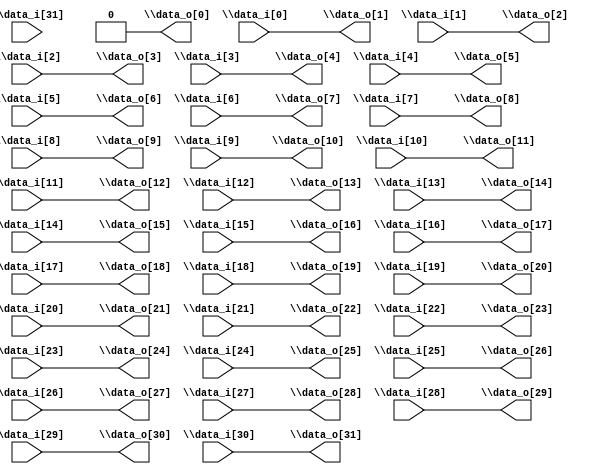
/* Generated by Yosys 0.9 (git sha1 1979e0b) */

(* src = "Shift2.v:23" *)
module Shift2(\data_i[0] , \data_i[1] , \data_i[2] , \data_i[3] , \data_i[4] , \data_i[5] , \data_i[6] , \data_i[7] , \data_i[8] , \data_i[9] , \data_i[10] , \data_i[11] , \data_i[12] , \data_i[13] , \data_i[14] , \data_i[15] , \data_i[16] , \data_i[17] , \data_i[18] , \data_i[19] , \data_i[20] , \data_i[21] , \data_i[22] , \data_i[23] , \data_i[24] , \data_i[25] , \data_i[26] , \data_i[27] , \data_i[28] , \data_i[29] , \data_i[30] , \data_i[31] , \data_o[0] , \data_o[1] , \data_o[2] , \data_o[3] , \data_o[4] , \data_o[5] , \data_o[6] , \data_o[7] , \data_o[8] , \data_o[9] , \data_o[10] , \data_o[11] , \data_o[12] , \data_o[13] , \data_o[14] , \data_o[15] , \data_o[16] , \data_o[17] , \data_o[18] , \data_o[19] , \data_o[20] , \data_o[21] , \data_o[22] , \data_o[23] , \data_o[24] , \data_o[25] , \data_o[26] , \data_o[27] , \data_o[28] , \data_o[29] , \data_o[30] , \data_o[31] );
  (* src = "Shift2.v:24" *)
  input \data_i[0] ;
  (* src = "Shift2.v:24" *)
  input \data_i[10] ;
  (* src = "Shift2.v:24" *)
  input \data_i[11] ;
  (* src = "Shift2.v:24" *)
  input \data_i[12] ;
  (* src = "Shift2.v:24" *)
  input \data_i[13] ;
  (* src = "Shift2.v:24" *)
  input \data_i[14] ;
  (* src = "Shift2.v:24" *)
  input \data_i[15] ;
  (* src = "Shift2.v:24" *)
  input \data_i[16] ;
  (* src = "Shift2.v:24" *)
  input \data_i[17] ;
  (* src = "Shift2.v:24" *)
  input \data_i[18] ;
  (* src = "Shift2.v:24" *)
  input \data_i[19] ;
  (* src = "Shift2.v:24" *)
  input \data_i[1] ;
  (* src = "Shift2.v:24" *)
  input \data_i[20] ;
  (* src = "Shift2.v:24" *)
  input \data_i[21] ;
  (* src = "Shift2.v:24" *)
  input \data_i[22] ;
  (* src = "Shift2.v:24" *)
  input \data_i[23] ;
  (* src = "Shift2.v:24" *)
  input \data_i[24] ;
  (* src = "Shift2.v:24" *)
  input \data_i[25] ;
  (* src = "Shift2.v:24" *)
  input \data_i[26] ;
  (* src = "Shift2.v:24" *)
  input \data_i[27] ;
  (* src = "Shift2.v:24" *)
  input \data_i[28] ;
  (* src = "Shift2.v:24" *)
  input \data_i[29] ;
  (* src = "Shift2.v:24" *)
  input \data_i[2] ;
  (* src = "Shift2.v:24" *)
  input \data_i[30] ;
  (* src = "Shift2.v:24" *)
  input \data_i[31] ;
  (* src = "Shift2.v:24" *)
  input \data_i[3] ;
  (* src = "Shift2.v:24" *)
  input \data_i[4] ;
  (* src = "Shift2.v:24" *)
  input \data_i[5] ;
  (* src = "Shift2.v:24" *)
  input \data_i[6] ;
  (* src = "Shift2.v:24" *)
  input \data_i[7] ;
  (* src = "Shift2.v:24" *)
  input \data_i[8] ;
  (* src = "Shift2.v:24" *)
  input \data_i[9] ;
  (* src = "Shift2.v:25" *)
  output \data_o[0] ;
  (* src = "Shift2.v:25" *)
  output \data_o[10] ;
  (* src = "Shift2.v:25" *)
  output \data_o[11] ;
  (* src = "Shift2.v:25" *)
  output \data_o[12] ;
  (* src = "Shift2.v:25" *)
  output \data_o[13] ;
  (* src = "Shift2.v:25" *)
  output \data_o[14] ;
  (* src = "Shift2.v:25" *)
  output \data_o[15] ;
  (* src = "Shift2.v:25" *)
  output \data_o[16] ;
  (* src = "Shift2.v:25" *)
  output \data_o[17] ;
  (* src = "Shift2.v:25" *)
  output \data_o[18] ;
  (* src = "Shift2.v:25" *)
  output \data_o[19] ;
  (* src = "Shift2.v:25" *)
  output \data_o[1] ;
  (* src = "Shift2.v:25" *)
  output \data_o[20] ;
  (* src = "Shift2.v:25" *)
  output \data_o[21] ;
  (* src = "Shift2.v:25" *)
  output \data_o[22] ;
  (* src = "Shift2.v:25" *)
  output \data_o[23] ;
  (* src = "Shift2.v:25" *)
  output \data_o[24] ;
  (* src = "Shift2.v:25" *)
  output \data_o[25] ;
  (* src = "Shift2.v:25" *)
  output \data_o[26] ;
  (* src = "Shift2.v:25" *)
  output \data_o[27] ;
  (* src = "Shift2.v:25" *)
  output \data_o[28] ;
  (* src = "Shift2.v:25" *)
  output \data_o[29] ;
  (* src = "Shift2.v:25" *)
  output \data_o[2] ;
  (* src = "Shift2.v:25" *)
  output \data_o[30] ;
  (* src = "Shift2.v:25" *)
  output \data_o[31] ;
  (* src = "Shift2.v:25" *)
  output \data_o[3] ;
  (* src = "Shift2.v:25" *)
  output \data_o[4] ;
  (* src = "Shift2.v:25" *)
  output \data_o[5] ;
  (* src = "Shift2.v:25" *)
  output \data_o[6] ;
  (* src = "Shift2.v:25" *)
  output \data_o[7] ;
  (* src = "Shift2.v:25" *)
  output \data_o[8] ;
  (* src = "Shift2.v:25" *)
  output \data_o[9] ;
  assign \data_o[0]  = 1'h0;
  assign \data_o[10]  = \data_i[9] ;
  assign \data_o[11]  = \data_i[10] ;
  assign \data_o[12]  = \data_i[11] ;
  assign \data_o[13]  = \data_i[12] ;
  assign \data_o[14]  = \data_i[13] ;
  assign \data_o[15]  = \data_i[14] ;
  assign \data_o[16]  = \data_i[15] ;
  assign \data_o[17]  = \data_i[16] ;
  assign \data_o[18]  = \data_i[17] ;
  assign \data_o[19]  = \data_i[18] ;
  assign \data_o[1]  = \data_i[0] ;
  assign \data_o[20]  = \data_i[19] ;
  assign \data_o[21]  = \data_i[20] ;
  assign \data_o[22]  = \data_i[21] ;
  assign \data_o[23]  = \data_i[22] ;
  assign \data_o[24]  = \data_i[23] ;
  assign \data_o[25]  = \data_i[24] ;
  assign \data_o[26]  = \data_i[25] ;
  assign \data_o[27]  = \data_i[26] ;
  assign \data_o[28]  = \data_i[27] ;
  assign \data_o[29]  = \data_i[28] ;
  assign \data_o[2]  = \data_i[1] ;
  assign \data_o[30]  = \data_i[29] ;
  assign \data_o[31]  = \data_i[30] ;
  assign \data_o[3]  = \data_i[2] ;
  assign \data_o[4]  = \data_i[3] ;
  assign \data_o[5]  = \data_i[4] ;
  assign \data_o[6]  = \data_i[5] ;
  assign \data_o[7]  = \data_i[6] ;
  assign \data_o[8]  = \data_i[7] ;
  assign \data_o[9]  = \data_i[8] ;
endmodule